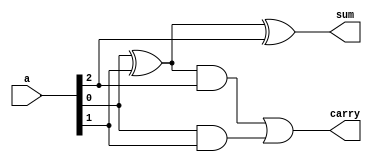
/*
   This file was generated automatically by the Mojo IDE version B1.3.4.
   Do not edit this file directly. Instead edit the original Lucid source.
   This is a temporary file and any changes made to it will be destroyed.
*/

module mojo_fullAdder_13 (
    input [2:0] a,
    output reg sum,
    output reg carry
  );
  
  
  
  always @* begin
    sum = (a[0+0-:1] ^ a[1+0-:1]) ^ (a[2+0-:1]);
    carry = (((a[0+0-:1] ^ a[1+0-:1]) & a[2+0-:1]) | (a[0+0-:1] & a[1+0-:1]));
  end
endmodule